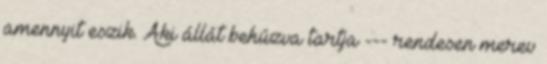
amennyit eszik. Aki állát behúzva tartja --- rendesen merev